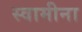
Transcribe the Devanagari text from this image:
स्वामीना